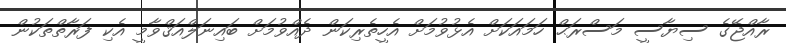
ރާއްޖޭގެ ސިޔާސީ މަސްރަޙް ހަމައަކަށް އެޅުވުމަށް އެހީތެރިކަން ދެއްވުމަށް ބައިނަލްއަޤްވާމީ އެކި ފަރާތްތަކުން